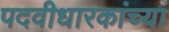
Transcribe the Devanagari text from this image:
पदवीधारकांच्या